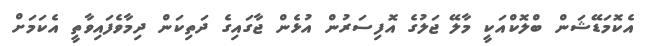
އެކޮމަޑޭޝަން ބްލޮކްއަކީ މާލޭ ޖަލުގެ އޮފިސަރުން އުޅެން ޖާގައިގެ ދަތިކަން ދިމާވެފައިވާތީ އެކަމަށް